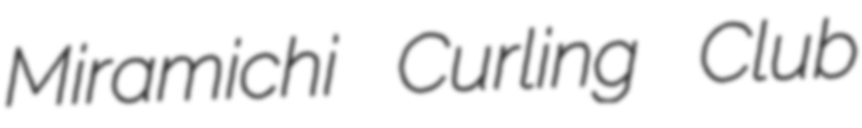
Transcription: Miramichi Curling Club